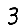
Digit: 3